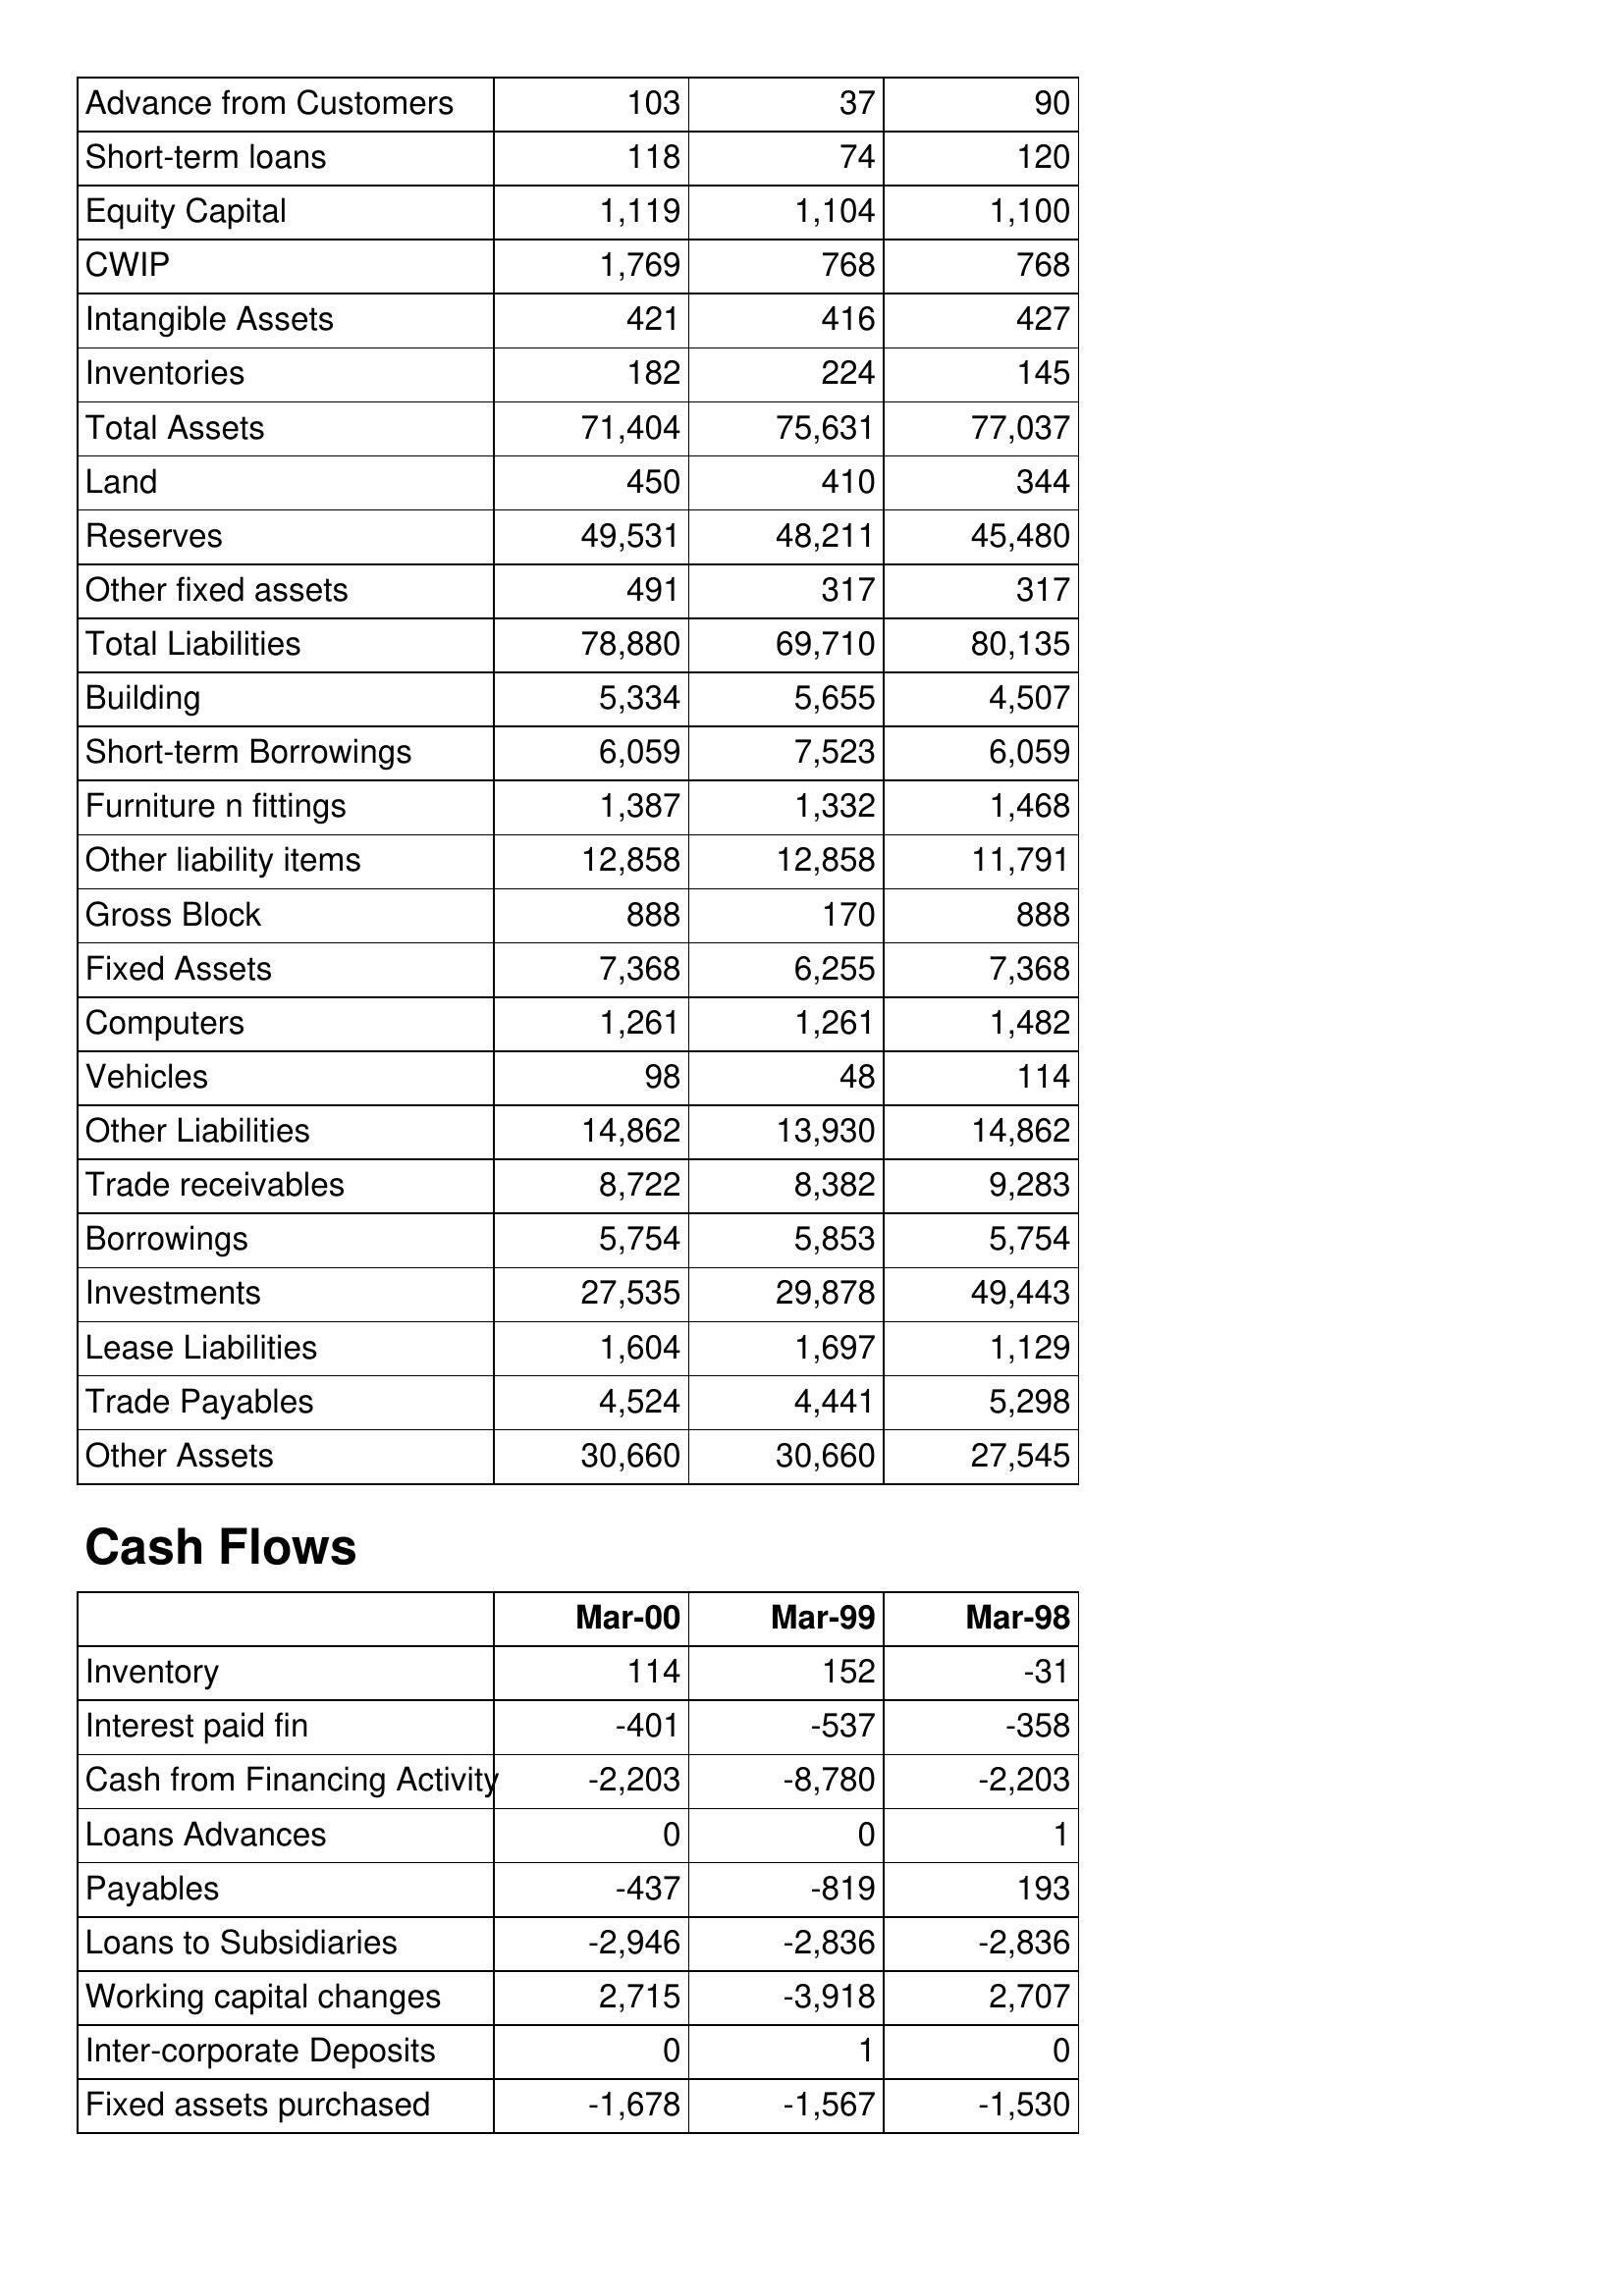
Mar-00: Balance Sheet: Advance from Customers: 103
Short-term loans: 118
Equity Capital: 1,119
CWIP: 1,769
Intangible Assets: 421
Inventories: 182
Total Assets: 71,404
Land: 450
Reserves: 49,531
Other fixed assets: 491
Total Liabilities: 78,880
Building: 5,334
Short-term Borrowings: 6,059
Furniture n fittings: 1,387
Other liability items: 12,858
Gross Block: 888
Fixed Assets: 7,368
Computers: 1,261
Vehicles: 98
Other Liabilities: 14,862
Trade receivables: 8,722
Borrowings: 5,754
Investments: 27,535
Lease Liabilities: 1,604
Trade Payables: 4,524
Other Assets: 30,660
Cash Flows: Inventory: 114
Interest paid fin: -401
Cash from Financing Activity: -2,203
Loans Advances: 0
Payables: -437
Loans to Subsidiaries: -2,946
Working capital changes: 2,715
Inter-corporate Deposits: 0
Fixed assets purchased: -1,678
Mar-99: Balance Sheet: Advance from Customers: 37
Short-term loans: 74
Equity Capital: 1,104
CWIP: 768
Intangible Assets: 416
Inventories: 224
Total Assets: 75,631
Land: 410
Reserves: 48,211
Other fixed assets: 317
Total Liabilities: 69,710
Building: 5,655
Short-term Borrowings: 7,523
Furniture n fittings: 1,332
Other liability items: 12,858
Gross Block: 170
Fixed Assets: 6,255
Computers: 1,261
Vehicles: 48
Other Liabilities: 13,930
Trade receivables: 8,382
Borrowings: 5,853
Investments: 29,878
Lease Liabilities: 1,697
Trade Payables: 4,441
Other Assets: 30,660
Cash Flows: Inventory: 152
Interest paid fin: -537
Cash from Financing Activity: -8,780
Loans Advances: 0
Payables: -819
Loans to Subsidiaries: -2,836
Working capital changes: -3,918
Inter-corporate Deposits: 1
Fixed assets purchased: -1,567
Mar-98: Balance Sheet: Advance from Customers: 90
Short-term loans: 120
Equity Capital: 1,100
CWIP: 768
Intangible Assets: 427
Inventories: 145
Total Assets: 77,037
Land: 344
Reserves: 45,480
Other fixed assets: 317
Total Liabilities: 80,135
Building: 4,507
Short-term Borrowings: 6,059
Furniture n fittings: 1,468
Other liability items: 11,791
Gross Block: 888
Fixed Assets: 7,368
Computers: 1,482
Vehicles: 114
Other Liabilities: 14,862
Trade receivables: 9,283
Borrowings: 5,754
Investments: 49,443
Lease Liabilities: 1,129
Trade Payables: 5,298
Other Assets: 27,545
Cash Flows: Inventory: -31
Interest paid fin: -358
Cash from Financing Activity: -2,203
Loans Advances: 1
Payables: 193
Loans to Subsidiaries: -2,836
Working capital changes: 2,707
Inter-corporate Deposits: 0
Fixed assets purchased: -1,530